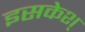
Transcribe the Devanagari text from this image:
इसकेश्